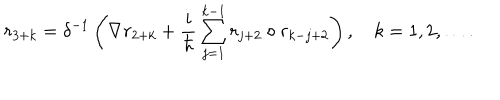
r _ { 3 + k } = \delta ^ { - 1 } \left( \nabla r _ { 2 + k } + \frac i \hbar \sum _ { j = 1 } ^ { k - 1 } r _ { j + 2 } \circ r _ { k - j + 2 } \right) , \quad k = 1 , 2 , \ldots .